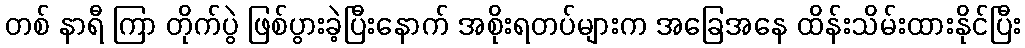
တစ် နာရီ ကြာ တိုက်ပွဲ ဖြစ်ပွားခဲ့ပြီးနောက် အစိုးရတပ်များက အခြေအနေ ထိန်းသိမ်းထားနိုင်ပြီး